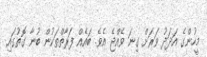
މީހުންގެ އަދަދު ވަރަށް ގިނަ ވެއްޖެ އެވެ. ބައެއް ފަރާތްތަކުން ބުނާ ގޮތުގައި